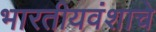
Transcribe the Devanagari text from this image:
भारतीयवंशाचे